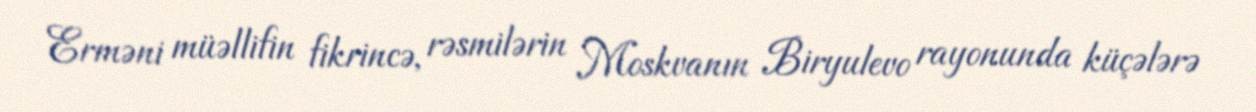
Erməni müəllifin fikrincə, rəsmilərin Moskvanın Biryulevo rayonunda küçələrə